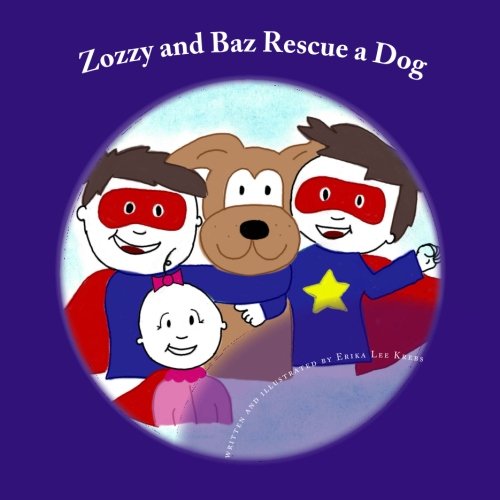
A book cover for Zozzy and Baz Rescue a Dog (The Adventures of Zozzy and Baz...and Sissy Too.) (Volume 1); Erika Lee Krebs; Health, Fitness & Dieting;